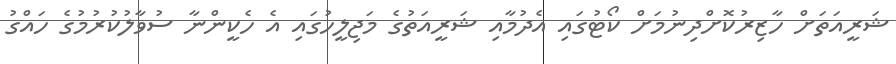
ޝަރީއަތަށް ހާޒިރުކޮށްދިނުމަށް ކޯޓުގައި އެދުމާއި ޝަރީއަތުގެ މަޖިލީހުގައި އެ ހެކީންނާ ސުވާލުކުރުމުގެ ހައްގު